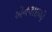
એનલાઇએ